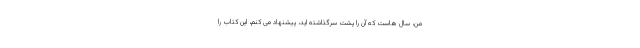
من، سال هاست که آن را پشت سرگذاشته اید، پیشنهاد می کنم، این کتاب را